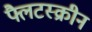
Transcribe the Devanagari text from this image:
फ्लैटस्क्रीन